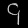
Digit: ၄